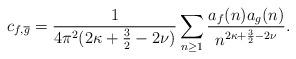
LaTeX: \begin{align*} c_{f,\overline{g}} = \frac{1}{4 \pi^2 (2\kappa + \frac{3}{2} - 2\nu)}\sum_{n \geq 1} \frac{a_f(n)a_g(n)}{n^{2\kappa + \frac{3}{2} - 2\nu}}. \end{align*}